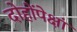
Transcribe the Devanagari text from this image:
दोहोंपेक्षां